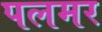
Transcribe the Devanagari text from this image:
पलमर